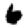
Digit: 6